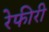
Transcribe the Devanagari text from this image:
रेफीरी